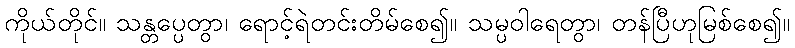
ကိုယ်တိုင်။ သန္တပ္ပေတွာ၊ ရောင့်ရဲတင်းတိမ်စေ၍။ သမ္ပဝါရေတွာ၊ တန်ပြီဟုမြစ်စေ၍။